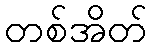
တစ်အိတ်